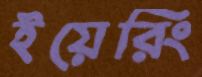
ইয়েরিং